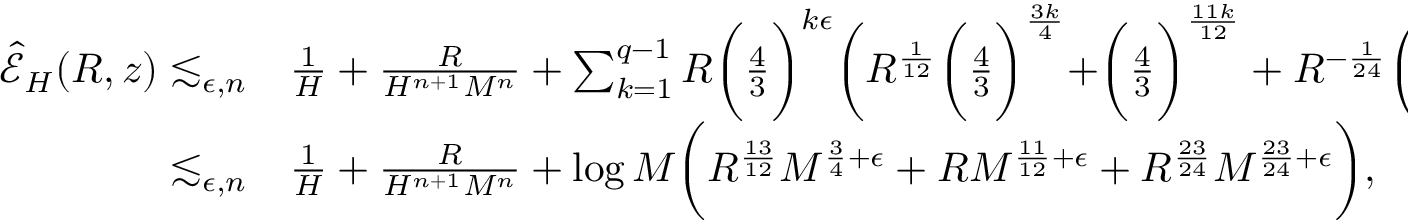
\begin{array} { r l } { \widehat { \mathcal { E } } _ { H } ( R , z ) \lesssim _ { \epsilon , n } } & { { } \frac { 1 } { H } + \frac { R } { H ^ { n + 1 } M ^ { n } } + \sum _ { k = 1 } ^ { q - 1 } R \biggr ( \frac { 4 } { 3 } \biggr ) ^ { k \epsilon } \biggr ( R ^ { \frac { 1 } { 1 2 } } \biggr ( \frac { 4 } { 3 } \biggr ) ^ { \frac { 3 k } { 4 } } + \biggr ( \frac { 4 } { 3 } \biggr ) ^ { \frac { 1 1 k } { 1 2 } } + R ^ { - \frac { 1 } { 2 4 } } \biggr ( \frac { 4 } { 3 } \biggr ) ^ { \frac { 2 3 k } { 2 4 } } \biggr ) } \\ { \lesssim _ { \epsilon , n } } & { { } \frac { 1 } { H } + \frac { R } { H ^ { n + 1 } M ^ { n } } + \log M \biggr ( R ^ { \frac { 1 3 } { 1 2 } } M ^ { \frac { 3 } { 4 } + \epsilon } + R M ^ { \frac { 1 1 } { 1 2 } + \epsilon } + R ^ { \frac { 2 3 } { 2 4 } } M ^ { \frac { 2 3 } { 2 4 } + \epsilon } \biggr ) , } \end{array}